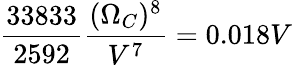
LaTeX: \frac{33833}{2592}\frac{(\Omega_{C})^{8}}{V^{7}}=0.018V